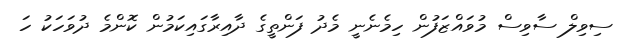
ސިވިލް ސާވިސް މުވައްޒަފުން ހިމެނެނީ މެދު ފަންތީގެ ދާއިރާގައިކަމުން ކޮންމެ ދުވަހަކު ހަ